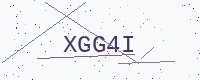
Text: XGG4I